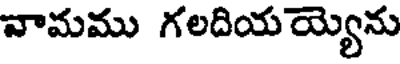
వామము గలదియయ్యెను